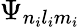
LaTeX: \Psi_{n_{i}l_{i}m_{i}}